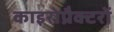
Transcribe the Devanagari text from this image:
काइरोप्रैक्टरों